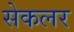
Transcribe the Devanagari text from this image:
सेकलर